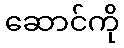
ဆောင်ကို